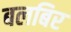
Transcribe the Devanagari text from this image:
बलबिर